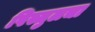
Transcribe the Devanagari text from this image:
पिस्तुलचा